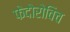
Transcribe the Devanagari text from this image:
फेदोरोविच